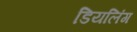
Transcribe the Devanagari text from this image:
डियलिंग